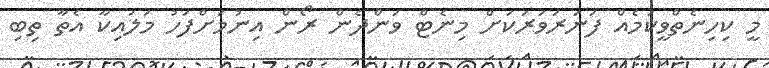
މީ ކިހިނެތްވީކަމެއް ފަނަރަވަރަކަށް މިނެޓް ވަންދެން ރޯން އިނުމަށްފަހު މަލައިކާ އެތާ ތިބި